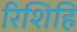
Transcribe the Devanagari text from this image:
रिशिहि